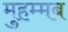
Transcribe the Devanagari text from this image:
मुहम्मब